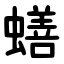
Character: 蟮